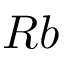
R b